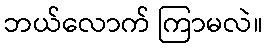
ဘယ်လောက် ကြာမလဲ။